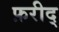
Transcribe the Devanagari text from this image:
फ़रीद्